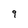
Character: 9